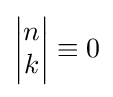
\left|{\begin{matrix}n\\k\end{matrix}}\right|\equiv 0